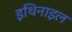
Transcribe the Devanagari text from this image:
इथिनाइल